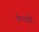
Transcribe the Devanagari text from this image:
फॅन्टसी